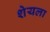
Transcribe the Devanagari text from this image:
शेयला